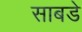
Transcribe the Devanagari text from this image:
साबडे